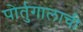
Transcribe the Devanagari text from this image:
पोर्तुगालाची